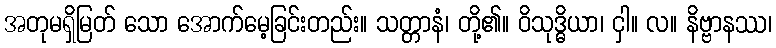
အတုမရှိမြတ် သော အောက်မေ့ခြင်းတည်း။ သတ္တာနံ၊ တို့၏။ ဝိသုဒ္ဓိယာ၊ ငှါ။ လ။ နိဗ္ဗာနဿ၊